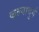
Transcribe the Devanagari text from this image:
कल्यादुर्ग